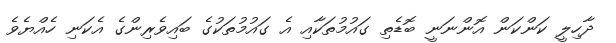
ދާހިލީ ކަންކަން އޮންނަނީ ބޮޑެތި ގައުމުތަކާއި އެ ގައުމުތަކުގެ ބައިވެރިންގެ އެކަނި ހެއްޔެވެ